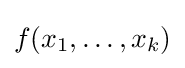
f(x_{1},\ldots ,x_{k})